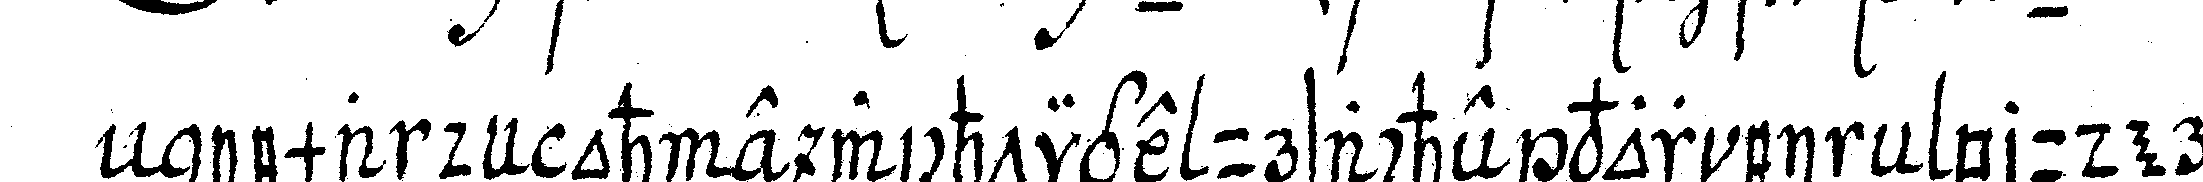
niemandeN ohne wichtige ursache v *tri..* r eineN bruder